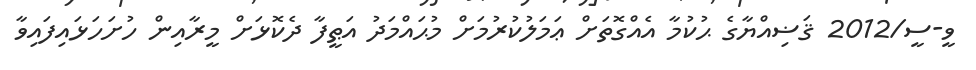
ވީ-ސީ/2012 ޤަޟިއްޔާގެ ޙުކުމާ އެއްގޮތަށް ޢަމަލުކުރުމަށް މުޙައްމަދު އަޠީފާ ދެކޮޅަށް މީރާއިން ހުށަހަޅައިފައިވާ